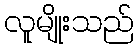
လူမျိုးသည်